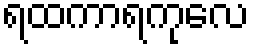
ရထကာရကုလေ